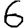
Digit: 6